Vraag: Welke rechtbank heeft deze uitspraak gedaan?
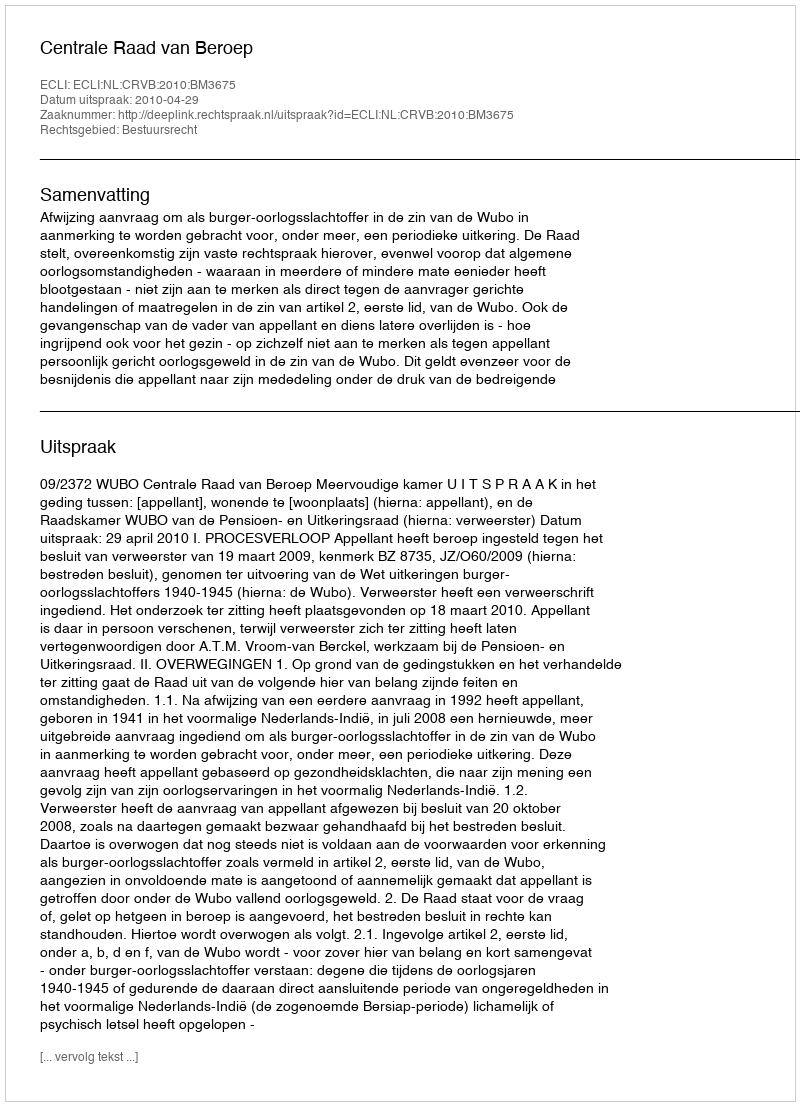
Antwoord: Centrale Raad van Beroep